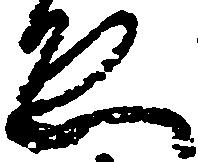
ゑ